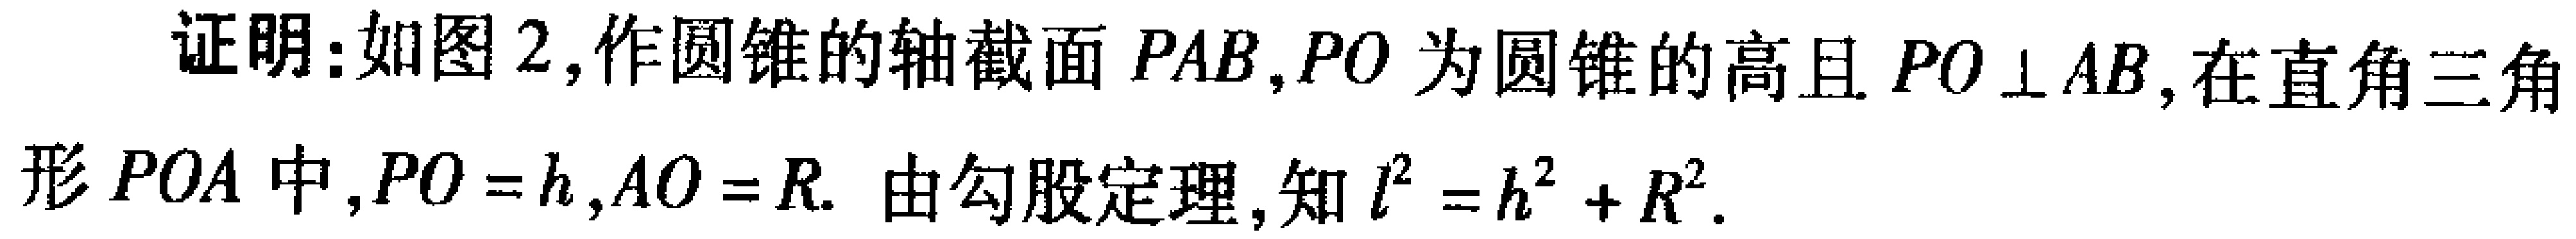
证明：如图2,作圆锥的轴截面 \(PAB\),\(PO\) 为圆锥的高且 \(PO\perp AB\),在直角三角形 \(POA\) 中,\(PO = h\),\(AO = R\). 由勾股定理,知 \(l^{2}=h^{2}+R^{2}\).